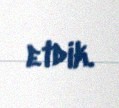
etdik.